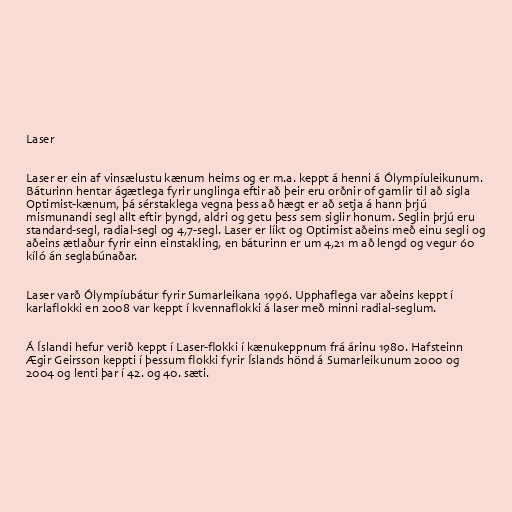
Laser

Laser er ein af vinsælustu kænum heims og er m.a. keppt á henni á Ólympíu­leikunum.
Báturinn hentar ágætlega fyrir unglinga eftir að þeir eru orðnir of gamlir til að sigla
Optimist-kænum, þá sérstaklega vegna þess að hægt er að setja á hann þrjú
mismunandi segl allt eftir þyngd, aldri og getu þess sem siglir honum. Seglin þrjú eru
standard-segl, radial-segl og 4,7-segl. Laser er líkt og Optimist aðeins með einu segli og
aðeins ætlaður fyrir einn einstakling, en báturinn er um 4,21 m að lengd og vegur 60
kíló án seglabúnaðar.

Laser varð Ólympíubátur fyrir Sumarleikana 1996. Upphaflega var aðeins keppt í
karlaflokki en 2008 var keppt í kvennaflokki á laser með minni radial-seglum.

Á Íslandi hefur verið keppt í Laser-flokki í kænukeppnum frá árinu 1980. Hafsteinn
Ægir Geirsson keppti í þessum flokki fyrir Íslands hönd á Sumarleikunum 2000 og
2004 og lenti þar í 42. og 40. sæti.